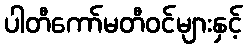
ပါတီကော်မတီဝင်များနှင့်